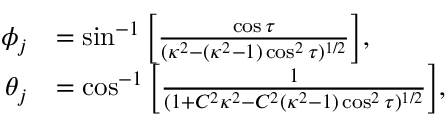
\begin{array} { r l } { \phi _ { j } } & { = \sin ^ { - 1 } \Big [ \frac { \cos \tau } { ( \kappa ^ { 2 } - ( \kappa ^ { 2 } - 1 ) \cos ^ { 2 } \tau ) ^ { 1 / 2 } } \Big ] , } \\ { \theta _ { j } } & { = \cos ^ { - 1 } \Big [ \frac { 1 } { ( 1 + C ^ { 2 } \kappa ^ { 2 } - C ^ { 2 } ( \kappa ^ { 2 } - 1 ) \cos ^ { 2 } \tau ) ^ { 1 / 2 } } \Big ] , } \end{array}